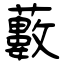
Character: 藪